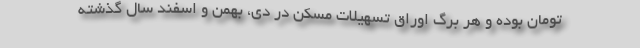
تومان بوده و هر برگ اوراق تسهیلات مسکن در دی، بهمن و اسفند سال گذشته